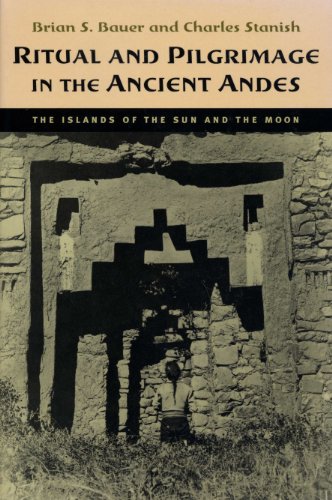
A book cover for Ritual and Pilgrimage in the Ancient Andes: The Islands of the Sun and the Moon; Brian S. Bauer; History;